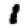
Digit: 1